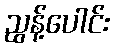
ညွန့်ပေါင်း